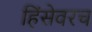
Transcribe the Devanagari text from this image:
हिंसेवरच